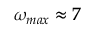
\omega _ { m a x } \approx 7